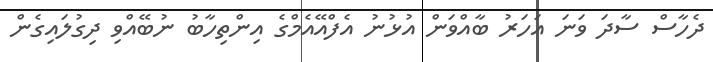
ދެހާސް ސާދަ ވަނަ އަހަރު ބާއްވަން އުޅުނު އެފްއޭއެމްގެ އިންތިހާބު ނުބޭއްވި ދިގުލައިގެން